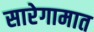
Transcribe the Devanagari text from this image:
सारेगामात